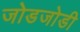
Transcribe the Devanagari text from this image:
जोडजोडी